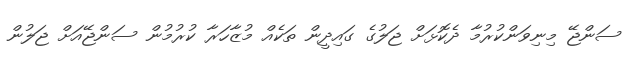
ސަންޖޭ މިނިވަންކުރުމާ ދެކޮޅަށް ޖަލުގެ ގައިދީން ތަކެއްް މުޒާހަރާ ކުރުމުން ސަންޖޭއަށް ޖަލުން